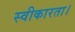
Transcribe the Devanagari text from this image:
स्वीकारता।